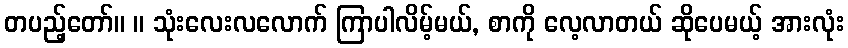
တပည့်တော်။ ။ သုံးလေးလလောက် ကြာပါလိမ့်မယ်, စာကို လေ့လာတယ် ဆိုပေမယ့် အားလုံး